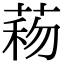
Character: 𦴙